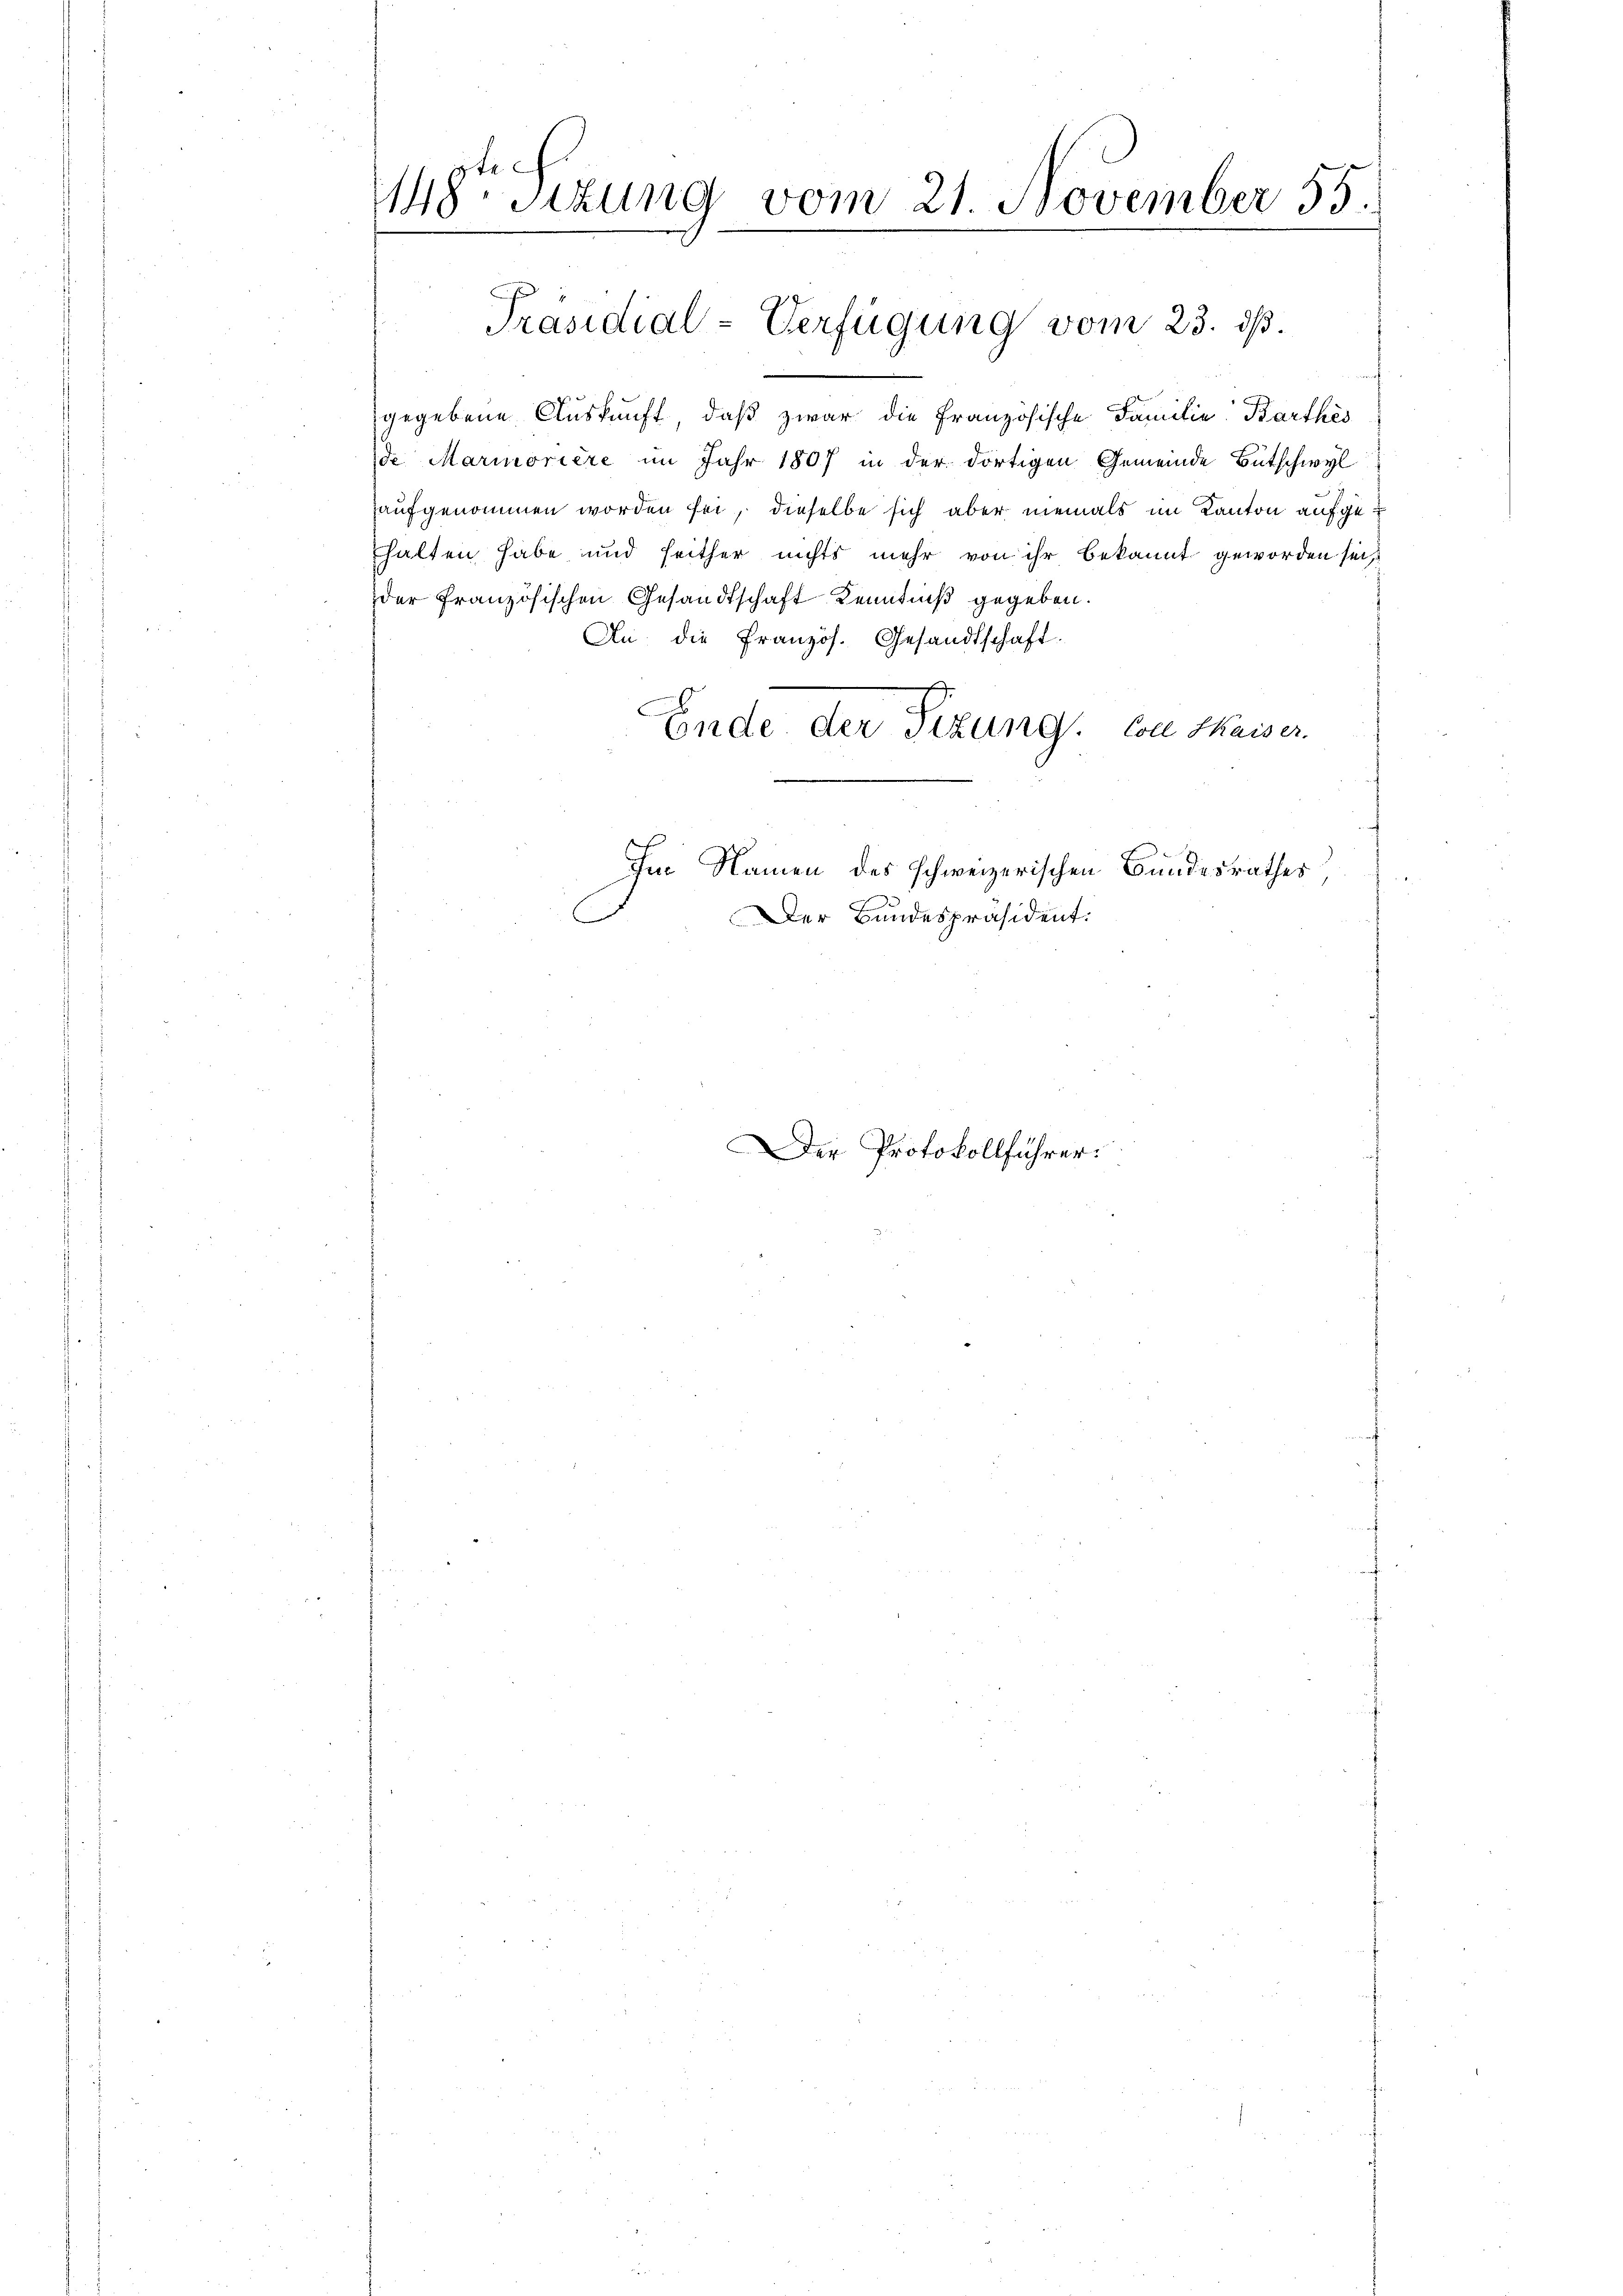
18ten Sizung vom 21. November 55.
Präsidial-Verfügung vom 23. ds.

gegebene Auskunft, daß zwar die Französische Familie Barthes
de Marmoriere im Jahr 1807 in der dortigen Gemeinde Bütschwyl
aufgenommen worden sei, dieselbe sich aber niemals im Kanton aufgefhalten habe und seither nichts mehr von ihr bekannt geworden sei
der französischen Gesandtschaft Kenntniß gegeben.
An die Französ. Gesandtschaft.
Ende der Sizung von Maiser
Im Namen des schweizerischen Bundesrathes
Der Bundespräsident.

Der Protokollführer: